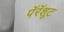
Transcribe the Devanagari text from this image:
पॅरॅशूट